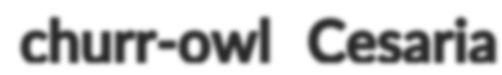
churr-owl Cesaria